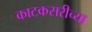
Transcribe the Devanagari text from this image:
काटकसरीच्या